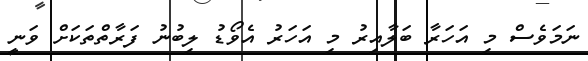
ނަމަވެސް މި އަހަރާ ބަލާއިރު މި އަހަރު އެވޯޑު ލިބުނު ފަރާތްތަކަށް ވަނީ